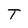
Character: T